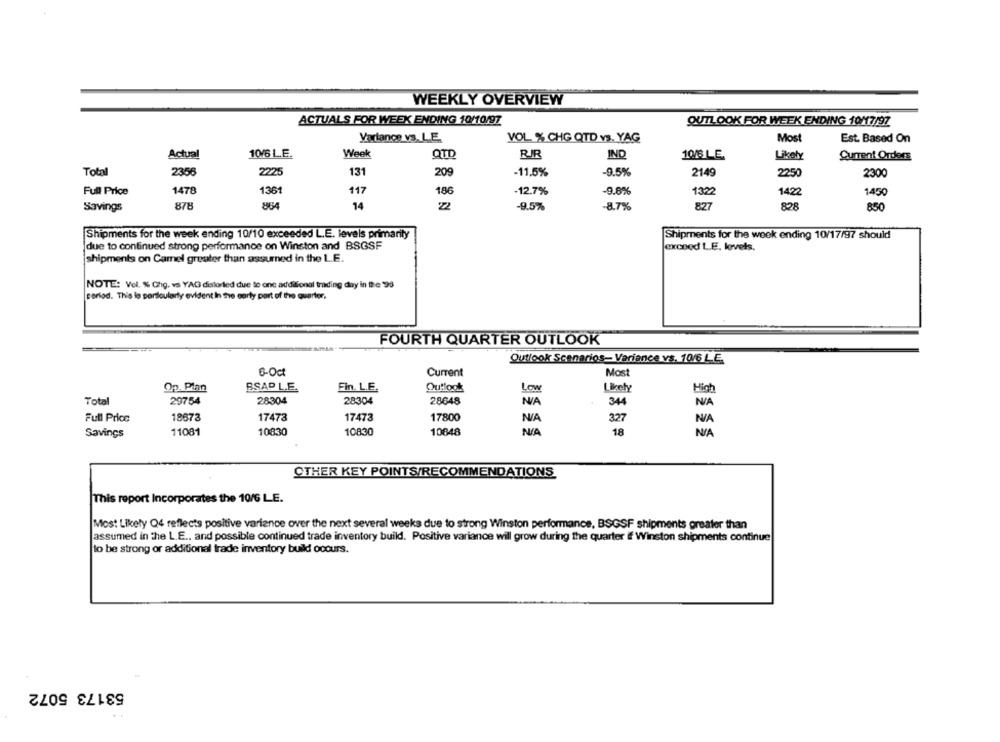
WEEKLY OVERVIEW
ACTUALS FOR WEEK ENDING 10/10/97
OUTLOOK FOR WEEK ENDING 10/17/97
Variance vs. L.E.
VOL % CHG QTD vs. YAG
Most
Est. Based On
Actual
10/6 LE.
Week
QTD
IND
10/6 LE.
Likely
Current Orders
2225
Total
2356
131
209
-11.5%
-9.5%
2149
225
2300
Full Price
1478
1361
117
186
-12.7%
-9.6%
1322
1422
1450
878
854
14
22
-9.5%
-8.7%
827
828
850
Savings
Shipments for the week ending 10/10 exceeded L.E. levels primarity
Shipments for the week ending 10/17/97 should
due to continued strong performance on Winston and BSGSF
exceod L.E. lovels.
shipments on Camel greater than assumed in the L.E.
NOTE: Vol. % Chg. vs YAG delorled due to one additional trading day in the '93
carlod. This lo parloulorly evident in the early part of the quarter.
FOURTH QUARTER OUTLOOK
Outlook Scenarios- Variance vs. 10/6 LE.
6-Oct
Most
Current
Op. Plan
BSAP L.E.
Fin. L.E.
Outlook
Low
Ukety
High
Total
29754
28304
28304
28648
344
Full Price
18673
17473
17473
17800
327
10830
18
Savings
11081
10830
10848
OTHER KEY POINTS/RECOMMENDATIONS
This report Incorporates the 10/6 LE.
Most Likely Q4 reflects positive variance over the next several weeks due to strong Winston performance, BSGSF shipments greater than
assumed in the L.E ., and possible continued trade inventory build. Positive variance will grow during the quarter if Winston shipments continue
to be strong or additional trade inventory build ocours.
53173 5072